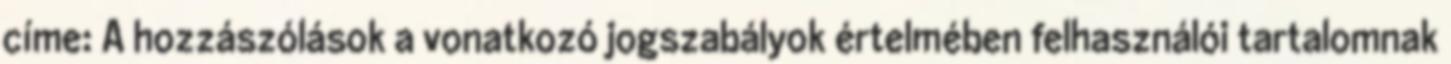
címe: A hozzászólások a vonatkozó jogszabályok értelmében felhasználói tartalomnak